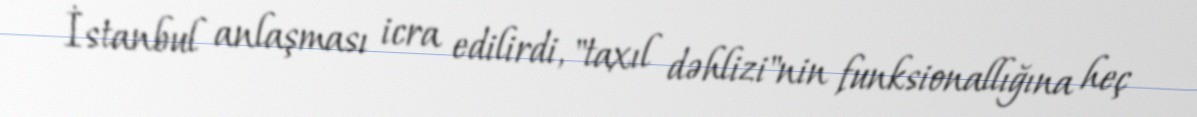
İstanbul anlaşması icra edilirdi, "taxıl dəhlizi"nin funksionallığına heç